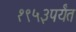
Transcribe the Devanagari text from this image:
१९५३पर्यंत